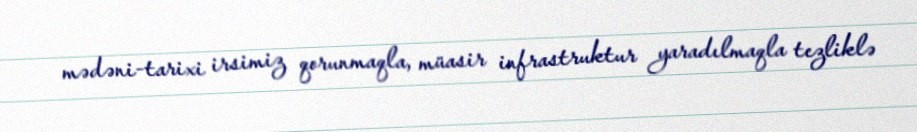
mədəni-tarixi irsimiz qorunmaqla, müasir infrastruktur yaradılmaqla tezliklə